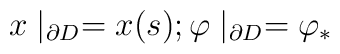
x\mid _{\partial D}=x(s);\varphi \mid _{\partial D}=\varphi _{*}